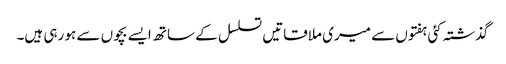
گذشتہ کئی ہفتوں سے میری ملاقاتیں تسلسل کے ساتھ ایسے بچوں سے ہو رہی ہیں۔